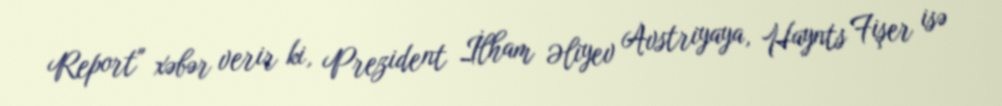
Report" xəbər verir ki, Prezident İlham Əliyev Avstriyaya, Haynts Fişer isə